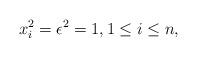
LaTeX: \begin{align*} x_i^2 = \epsilon^2 = 1, 1 \leq i \leq n,\end{align*}